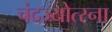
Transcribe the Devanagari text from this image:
चंदज्योत्स्ना